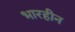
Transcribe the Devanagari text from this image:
भारहीन